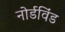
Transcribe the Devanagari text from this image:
नोर्डविंड